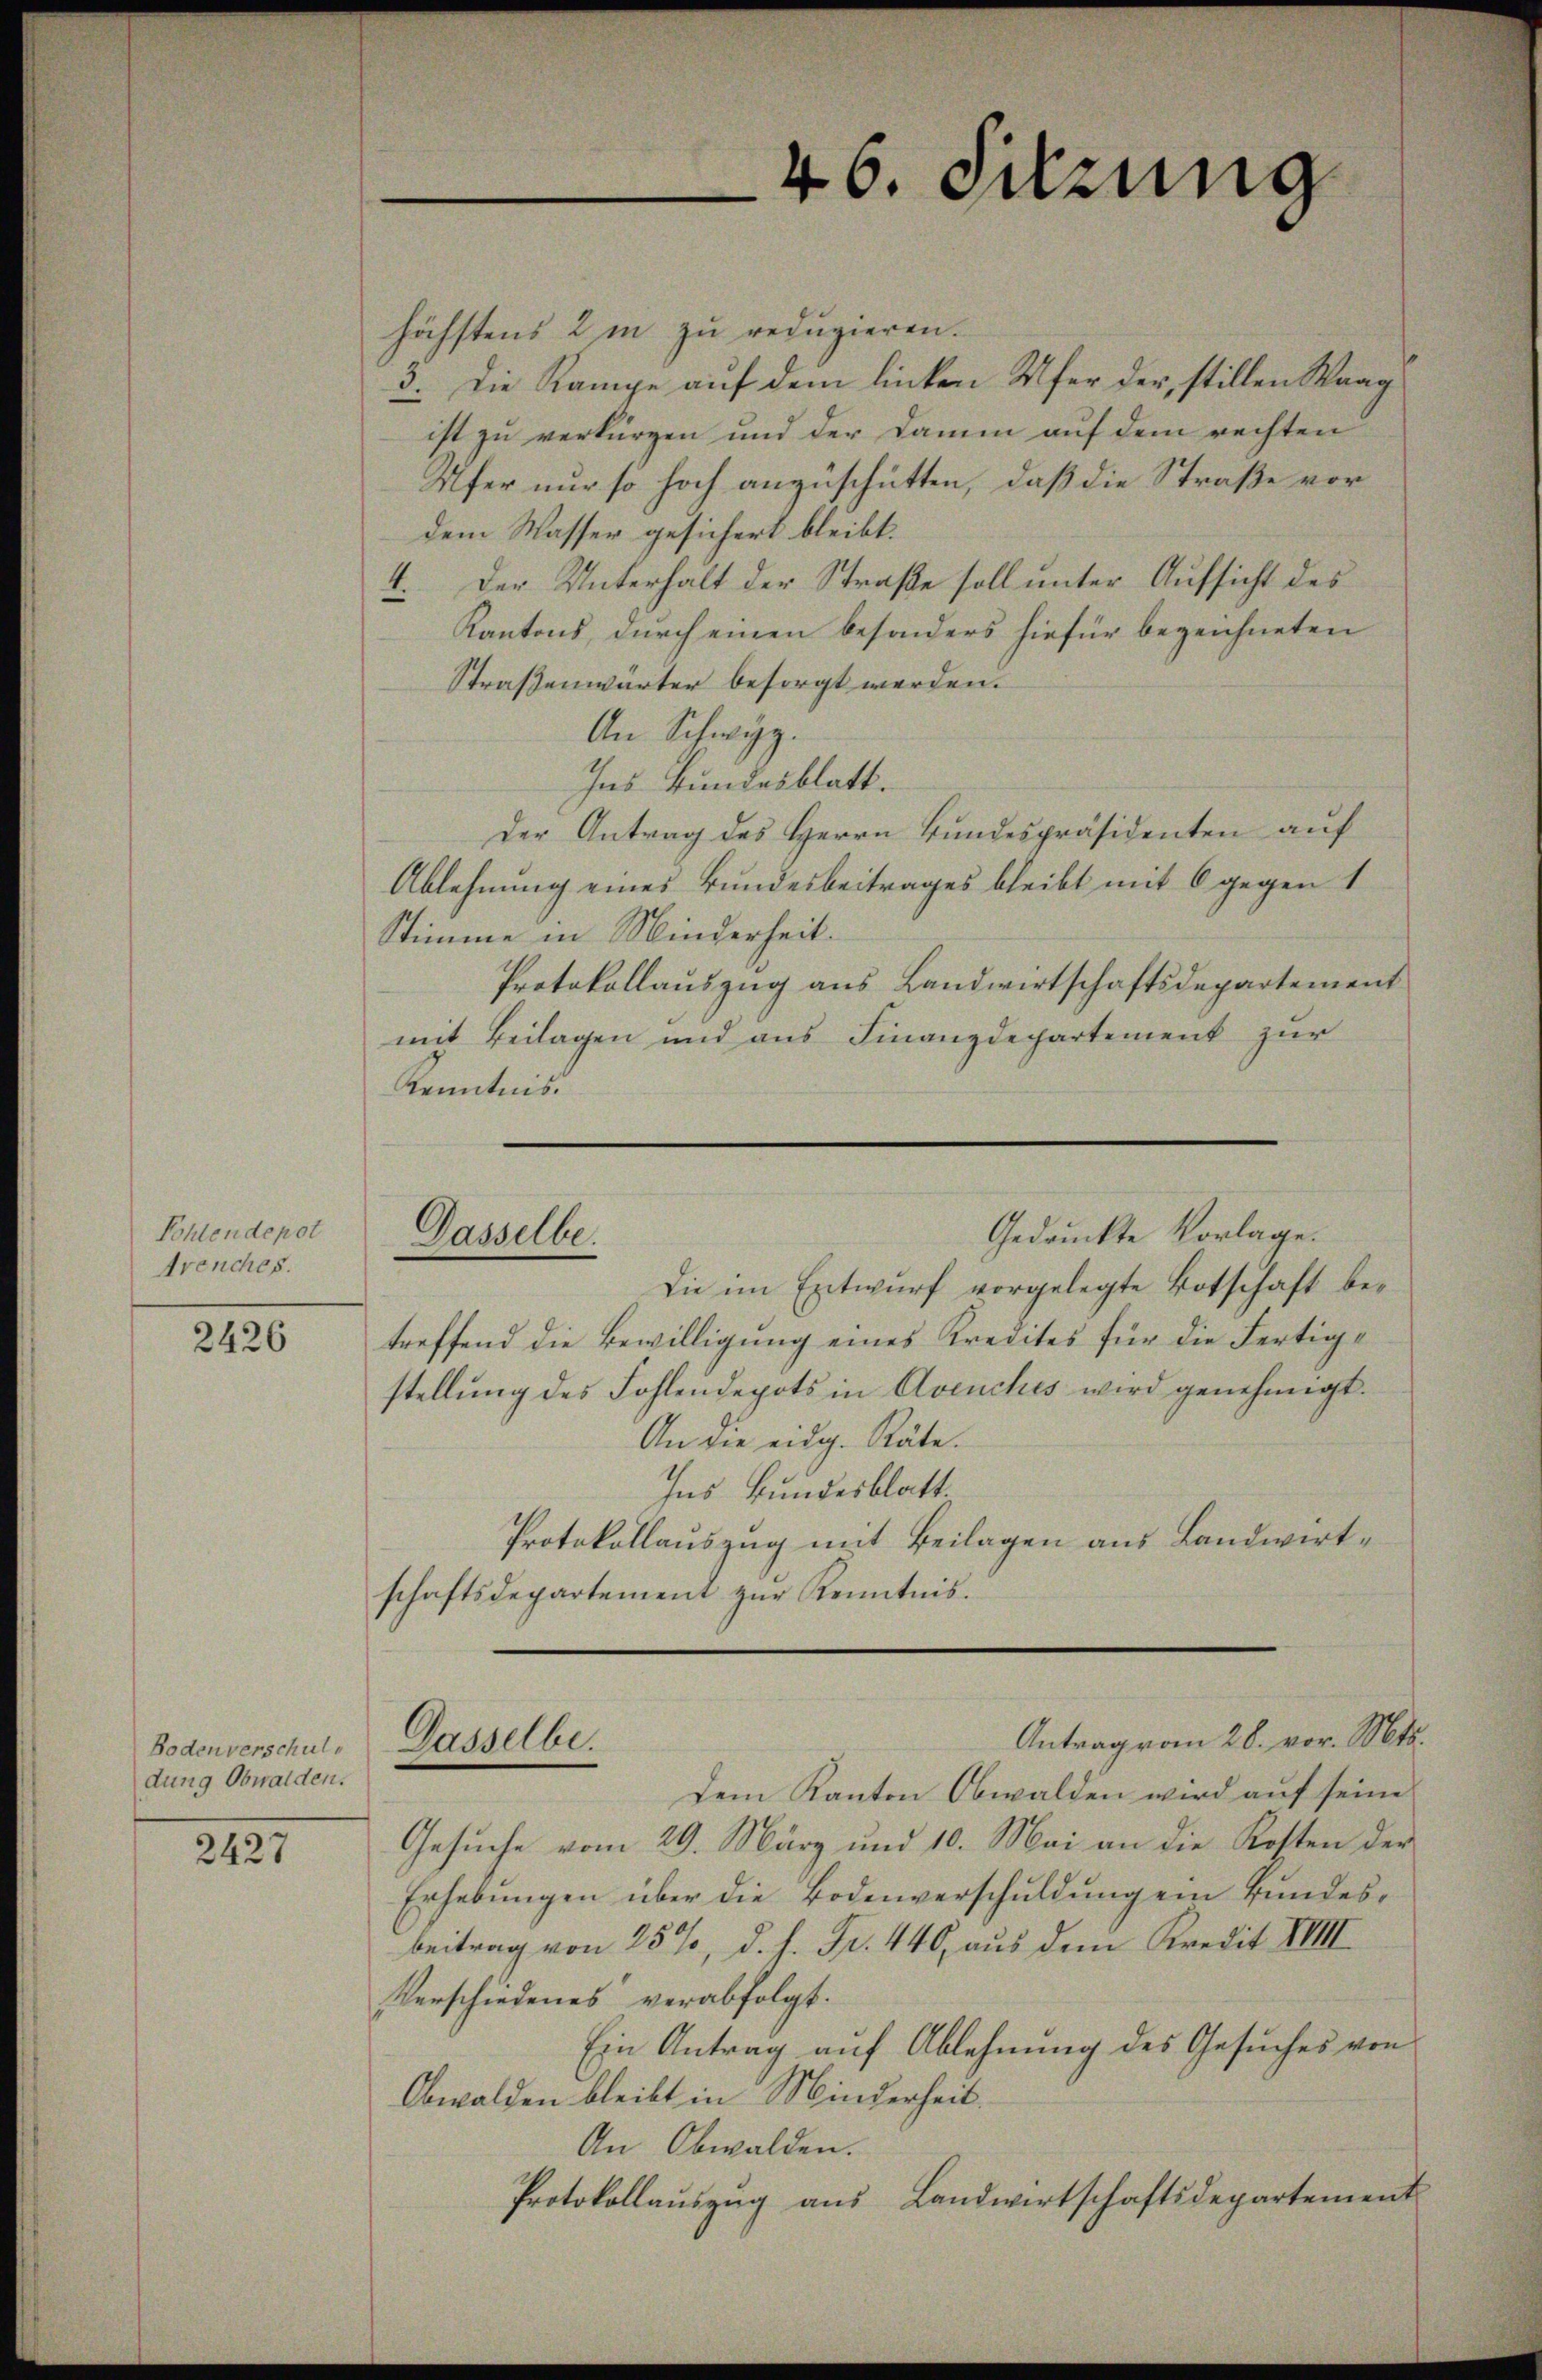
Pohlendepot
Arenches.

2426

Bodenverschuldung Obwalden.

2427

46. Sitzung

höchstens 2 in zu reduzieren.
3. Die Rampe auf dem linken Ufer der, stillen Waag
ist zu verkürzen und der Damm auf dem rechten
Ufer nur so hoch anzuschütten, daß die Straße vor
dem Wasser gesichert bleibt.
4. Der Unterhalt der Straße soll unter Aufsicht des
Kantons, durch einen besonders hiefür bezeichneten
Straßenwärter besorgt werden.
An Schwyz.
Ins Bundesblatt.
Der Antrag des Herrn Bundespräsidenten auf
Ablehnung eines Bundesbeitrages bleibt mit 6 gegen 1
Stimme in Minderheit.
Protokollauszug aus Landwirtschaftsdepartement
mit Beilagen und aŭs Finanzdepartement zŭr
Kenntnis.

Gedruckte Vorlage.
Dasselbe.

Die im Entwurf vorgelegte Botschaft betreffend die Bewilligung eines Kredites für die Fertigstellung des Fohlendepots in Avenches wird genehmigt.
An die eidg. Räte.
Ins Bundesblatt.
Protokollauszug mit Beilagen aus Landwirtschaftsdepartement zur Kenntnis.

Antrag vom 28. vor. Mts.
Dasselbe.

Dem Kanton Obwalden wird auf seine
Gesuche vom 29. März und 10. Mai an die Kosten der
Erhebŭngen über die Bodenverschŭldŭng ein Bŭndes-
beitrag von 25%, d. h. Fr. 440, aus dem Kredit XVIII.
Verschiedenes verabfolgt.
Ein Antrag auf Ablehnung des Gesuches von
Obwalden bleibt in Minderheit.
An Obwalden.
Protokollauszug aus Landwirtschaftsdepartement